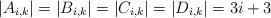
LaTeX: \begin{align*}|A_{i,k}| = |B_{i,k}| = |C_{i,k}| = |D_{i,k}| = 3 i +3\end{align*}